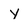
Character: Y